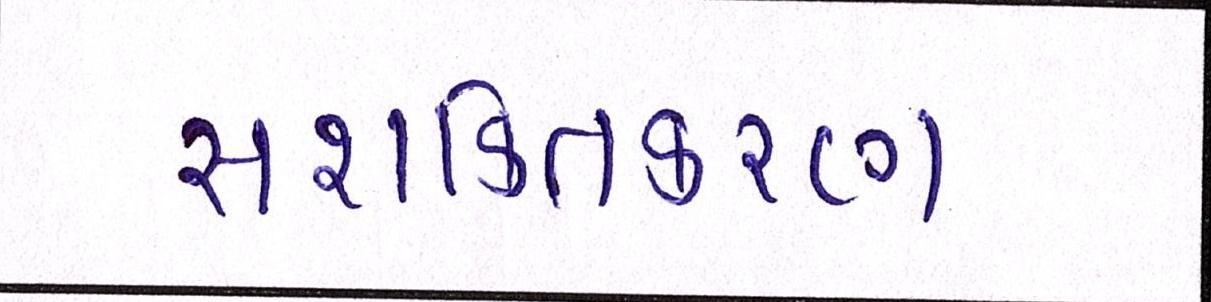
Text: સશક્તિકરણ